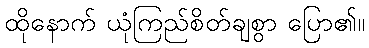
ထိုနောက် ယုံကြည်စိတ်ချစွာ ပြော၏။